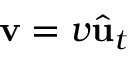
\mathbf { v } = v { \hat { \mathbf { u } } } _ { t }